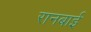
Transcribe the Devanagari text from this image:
रानबाई